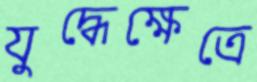
যুদ্ধেক্ষেত্রে